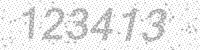
Solution: 123413